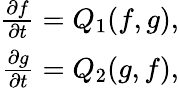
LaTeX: \begin{array}{r}{\frac{\partial f}{\partial t}=Q_{1}(f,g),}\\ {\frac{\partial g}{\partial t}=Q_{2}(g,f),}\end{array}